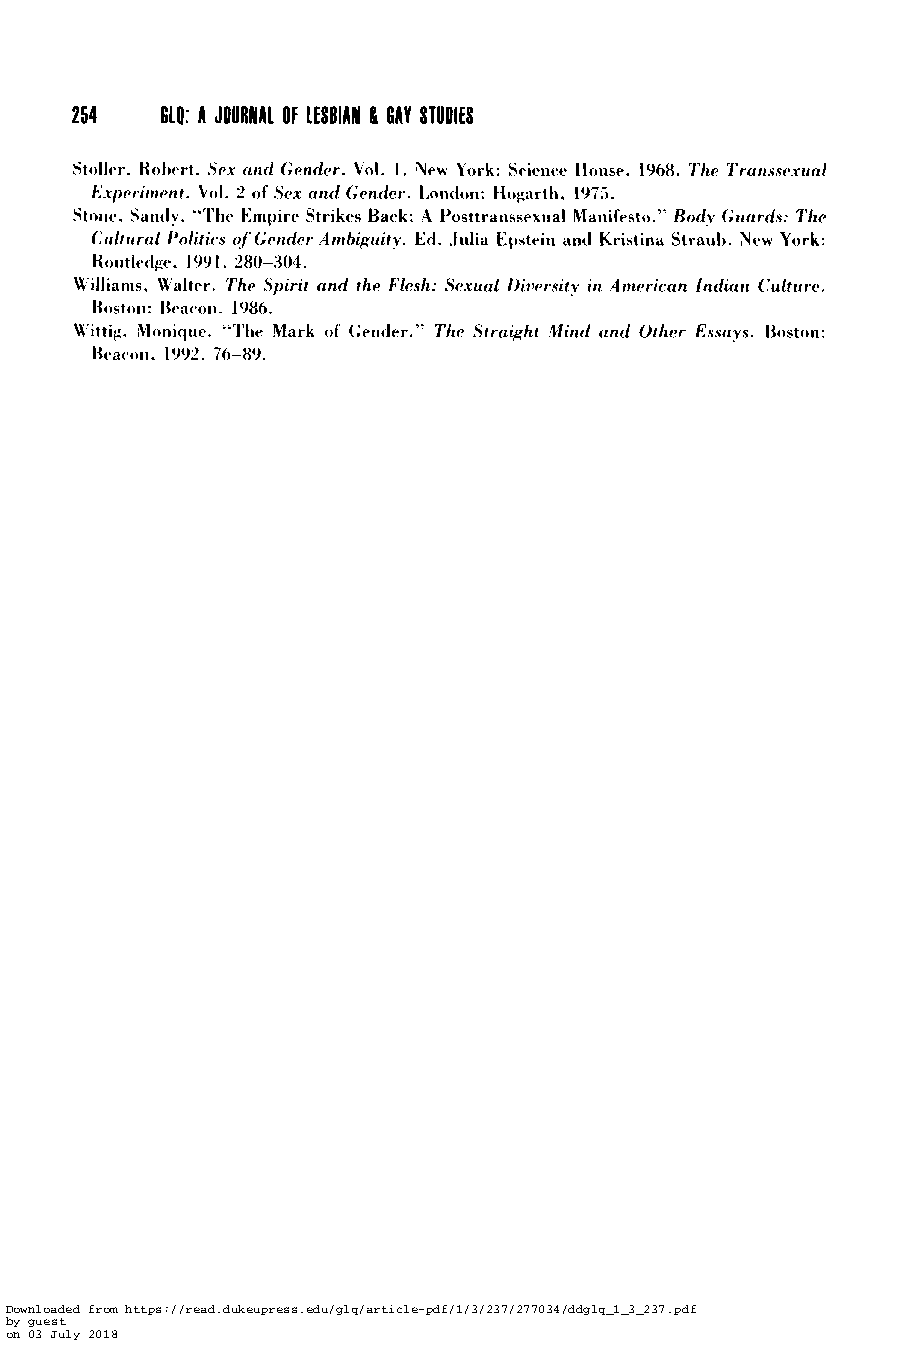
254   614: A JOURNAL OF LESBIAN 8 6AY STUDIES
 Stoller, Kohert. SPX and Gender. Vol. 1. Tew York: Science Hoiise, 1968. The Trans.wxual
 F;xpc’rinicwr. Vol. 2 of Sex and Gender. 1,ondon: Hogarth, 1975.
 Stone. Sand!. “The Empire Strikes Back: A Posttranssexual Manifesto.” Bodv Guards: The
 Cirlticral Politics of’(;ender Arnbiguitv. Ed. .lulia Epstein and Kristina Straub. New York:
 Koutledge. 1991. 280-304.
 Williams. Walter. The Spirit and the Flesh: Sexual Diversitv in Arnerican lndian Culture.
 Ihston: Reacwn, 1986.
 Wittig. Monique. “The Mark of Gnder.” The Straight Mind and Other Essavs. Boston:
 I3t~ac.on.1 992. 70-89.
 Downloaded from https://read.dukeupress.edu/glq/article-pdf/1/3/237/277034/ddglq_1_3_237.pdf
 by guest
 on 03 July 2018